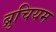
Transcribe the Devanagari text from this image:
ब्रुचियम